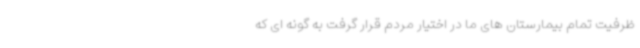
ظرفیت تمام بیمارستان های ما در اختیار مردم قرار گرفت به گونه ای که